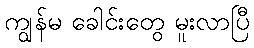
ကျွန်မ ခေါင်းတွေ မူးလာပြီ